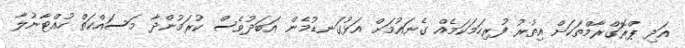
އަދި ޕްރޮގްރާމްތަކަށް އިތުރު ފުރިހަމަކަމެއް ގެނައުމަށް އަޅުގަނޑުމެން އަބަދުވެސް ކުރަމުންދާ މަސައްކަތް ހުއްޓާނުލާ